Report of the Indian Hemp Drugs Commission, 1894-1895 - Volume VI
Year: 1894
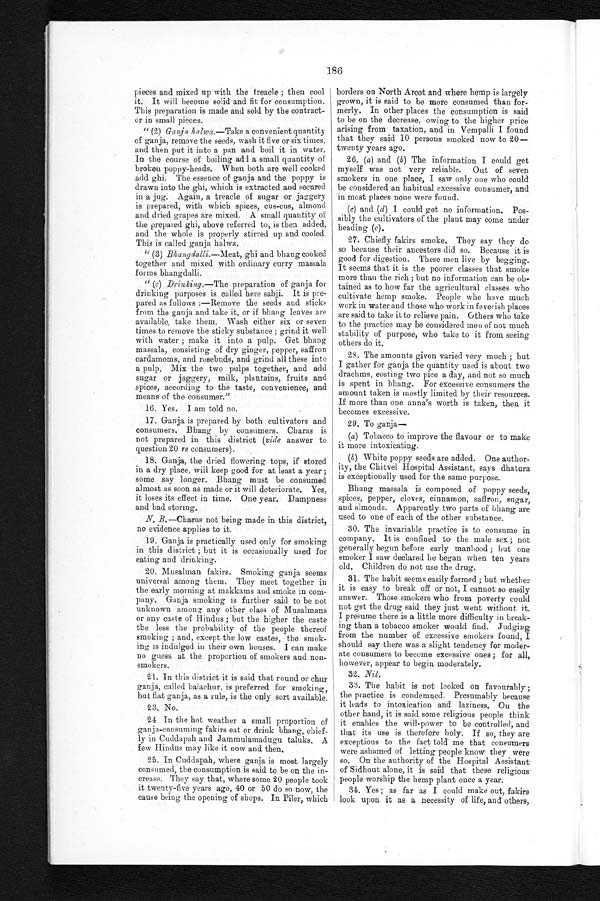
186
pieces and mixed up with the treacle; then cool
it. It will become solid and fit for consumption.
This preparation is made and sold by the contract-
or in small pieces.
" (2) Ganja halwa.—Take a convenient quantity
of ganja, remove the seeds, wash it five or six times,
and then put it into a pan and boil it in water.
In the course of boiling add a small quantity of
broken poppy-heads. When both are well cooked
add ghi. The essence of ganja and the poppy is
drawn into the ghi, which is extracted and secured
in a jug. Again, a treacle of sugar or jaggery
is prepared, with which spices, cus-cus, almond
and dried grapes are mixed. A small quantity of
t he pr e pa r e d ghi , a bove r e f e r r e d t o, i s t he n a dde d,
and the whole is properly stirred up and cooled.
This is called ganja halwa.
" (3) Bhangdalli.-- Meat, ghi and bhang cooked
together and mixed with ordinary curry massala
forms bhangdalli.
" (c) Drinking. --The preparation of ganja for
drinking purposes is called here sabji. It is pre-
pared as follows :—Remove the seeds and sticks
from the ganja and take it, or if bhang leaves are
available, take them, Wash either six or seven
times to remove the sticky substance; grind it well
with water; make it into a pulp. Get bhang
massala, consisting of dry ginger, pepper, saffron
cardamoms, and rosebuds, and grind all these into
a pulp. Mix the two pulps together, and add
sugar or jaggery, milk, plantains, fruits and
spices, according to the taste, convenience, and
means of the consumer."
16. Yes. I am told no.
17.
Ganja is prepared by both cultivators and
consumers. Bhang by consumers. Charas is
not prepared in this district ( vide answer to
question 20 re consumers).
18.
Ganja, the dried flowering tops, if stored
in a dry place, will keep good for at least a year;
some say longer. Bhang must be consumed
almost as soon as made or it will deteriorate. Yes,
it loses its effect in time. One year. Dampness
and bad storing.
N. B.—Charas not being made in this district,
no evidence applies to it.
19.
Ganja is practically used only for smoking
in this district; but it is occasionally used for
eating and drinking.
20.
Musalman fakirs. Smoking ganja, seems
universal among them. They meet together in
the early morning at makkams and smoke in com--
pany. Ganja smoking is further said to be not
unknown among any other class of Musalmans
or any caste of Hindus; but the higher the caste
the less the probability of the people thereof
s m o k i n g ; a n d , e x p e c t t h e l o w c a s t e s , t h e s m o k i n g i s i n d u l g e d i n t h e i r o w n h o u s e s . I c a n m a k e
no guess at the proportion of smokers and
n o n - s m o k e r s .
21.
In this district it is said that round or chu
r g a n j a , c a l l e d b a l a c h u r , i s p r e f e r r e d f o r s m o k i n g ,
but flat ganja, as a rule, is the only sort available.
23. No.
24. In the hot weather a small proportion of
ganja-consuming fakirs eat or drink bhang, chief-
ly in Cuddapah and Jammulamadugu taluks. A
few Hindus may like it now and then.
25. In Cuddapah, where ganja is most largely
consumed, the consumption is said to be on the in
- c r e a s e . T h e y s a y t h a t , w h e r e s o m e 2 0 p e o p l e t o o k
it twenty-five years ago, 40 or 50 do so now, the
cause being the opening of shops. In Piler, which
b o r d e r s o n N o r t h A r c o t a n d w h e r e h e m pi
s
l a r g e l y
grown, it is said to be more consumed
t h a n f o r -
m e r l y . I n
o t h e r p l a c e s t h e c o n s u m p t i o n i s s a i d
to be on the decrease, owing to the higher price
arising from taxation, and in Vempalli I found
that they said 10 persons smoked now to 20—
twenty years ago.
26. (a) and ( b) The information I could get
myself was not very reliable. Out of seven
smokers in one place, I saw only one who could
be considered an habitual excessive consumer, and
in most places none were found.
(c) and ( d) I could get no information. Pos-
sibly the cultivators of the plant may come under
heading (c).
27. Chiefly fakirs smoke. They say they do
so because their ancestors did so. Because it is
good for digestion. These men live by begging.
It seems that it is the poorer classes that smoke
more than the rich; but no information can be ob-
tained as to how far the agricultural classes who
cultivate hemp smoke. People whe have much
work in water and those who work in feverish places
are said to take it to relieve pain. Others who take
to the practice may be considered men of not much
stability of purpose, who take to it from seeing
others do it.
28. The amounts given varied very much; but
I gather for ganja the quantity used is about two
drachms, costing two pice a day, and not so much
is spent in bhang. For excessive consumers the
amount taken is mostly limited by their resources.
If more than one anna's worth is taken, then it
becomes excessive.
29. To ganja-
-
(a) Tobacco to improve the flavour or to make
it more intoxicating.
(b) White poppy seeds are added. One author-
ity, the Chitvel Hospital Assistant, says dhatura
is exceptionally used for the same purpose.
Bhang massala is composed of poppy seeds,
spices, pepper, cloves, cinnamon, saffron, sugar,
and almonds. Apparently two parts of bhang are
used to one of each of the other substance.
30. The invariable practice is to consume in
company. It is confined to the male sex; not
generally begun before early manhood; but one
smoker I saw declared he began when ten years
old. Children do not use the drug.
31. The habit seems easily formed ; but whether
it is easy to break off or not, I cannot so easily
answer. Those smokers who from poverty could
not get the drug said they just went without it.
I presume there is a little more difficulty in break-
ing than a tobacco smoker would find. Judging
from the number of
excessive smokers found, I should say there was a slight tendency for moder
-ate consumers to become excessive ones; for all,
however, appear to begin moderately.
32. Nil.
33. The habit is not looked on favourably;
the practice is condemned. Presumably because
it leads to intoxication and laziness. On the
other hand, it is said some religious people think
it enables the will-power to be controlled, and
that its use is therefore holy. If so, they are
exceptions to the fact told me that consumers
were ashamed of letting people know they were
so. On the authority of the Hospital Assistant
of Sidhout alone, it is said that these religious
people worship the hemp plant once a year.
31. Yes; as far as I could make out, fakirs
look upon it as a necessity of life, and others,